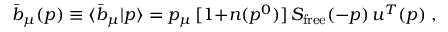
\bar { b } _ { \mu } ( p ) \equiv \langle \bar { b } _ { \mu } | p \rangle = p _ { \mu } \, [ 1 { + } n ( p ^ { 0 } ) ] \, S _ { \mathrm { f r e e } } ( - p ) \, u ^ { T } ( p ) \; ,